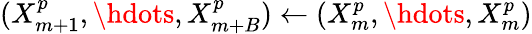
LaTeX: (X_{m+1}^{p},\hdots,X_{m+B}^{p})\gets(X_{m}^{p},\hdots,X_{m}^{p})